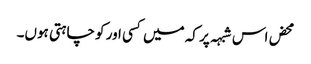
محض اس شبہہ پر کہ میں کسی اور کو چاہتی ہوں۔